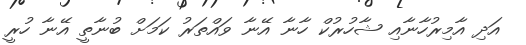
އަދި އާމިރުހާނާއި ޝާހުރުކް ހާނާ އޭނާ ވައްތަރު ކަމަށް ބުނާތީ އޭނާ ހުރީ